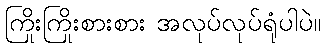
ကြိုးကြိုးစားစား အလုပ်လုပ်ရုံပါပဲ။